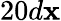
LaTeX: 20d\mathbf{x}